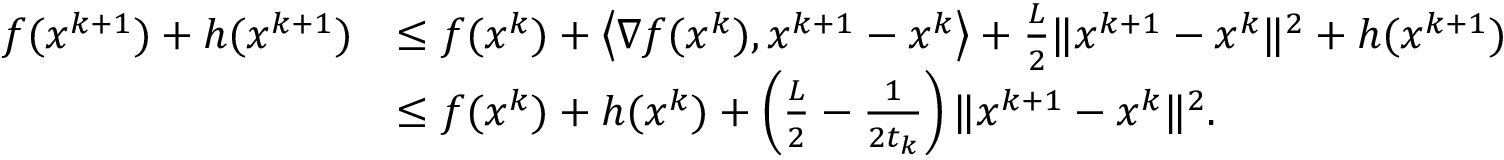
\begin{array} { r l } { f ( x ^ { k + 1 } ) + h ( x ^ { k + 1 } ) } & { \leq f ( x ^ { k } ) + \left\langle \nabla f ( x ^ { k } ) , x ^ { k + 1 } - x ^ { k } \right\rangle + \frac { L } { 2 } \| x ^ { k + 1 } - x ^ { k } \| ^ { 2 } + h ( x ^ { k + 1 } ) } \\ & { \leq f ( x ^ { k } ) + h ( x ^ { k } ) + \left( \frac { L } { 2 } - \frac { 1 } { 2 t _ { k } } \right) \| x ^ { k + 1 } - x ^ { k } \| ^ { 2 } . } \end{array}